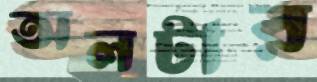
অলটার